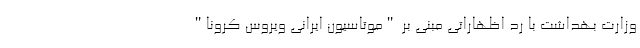
وزارت بهداشت با رد اظهاراتی مبنی بر "موتاسیون ایرانی ویروس کرونا"